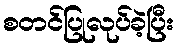
စတင်ပြုလုပ်ခဲ့ပြီး